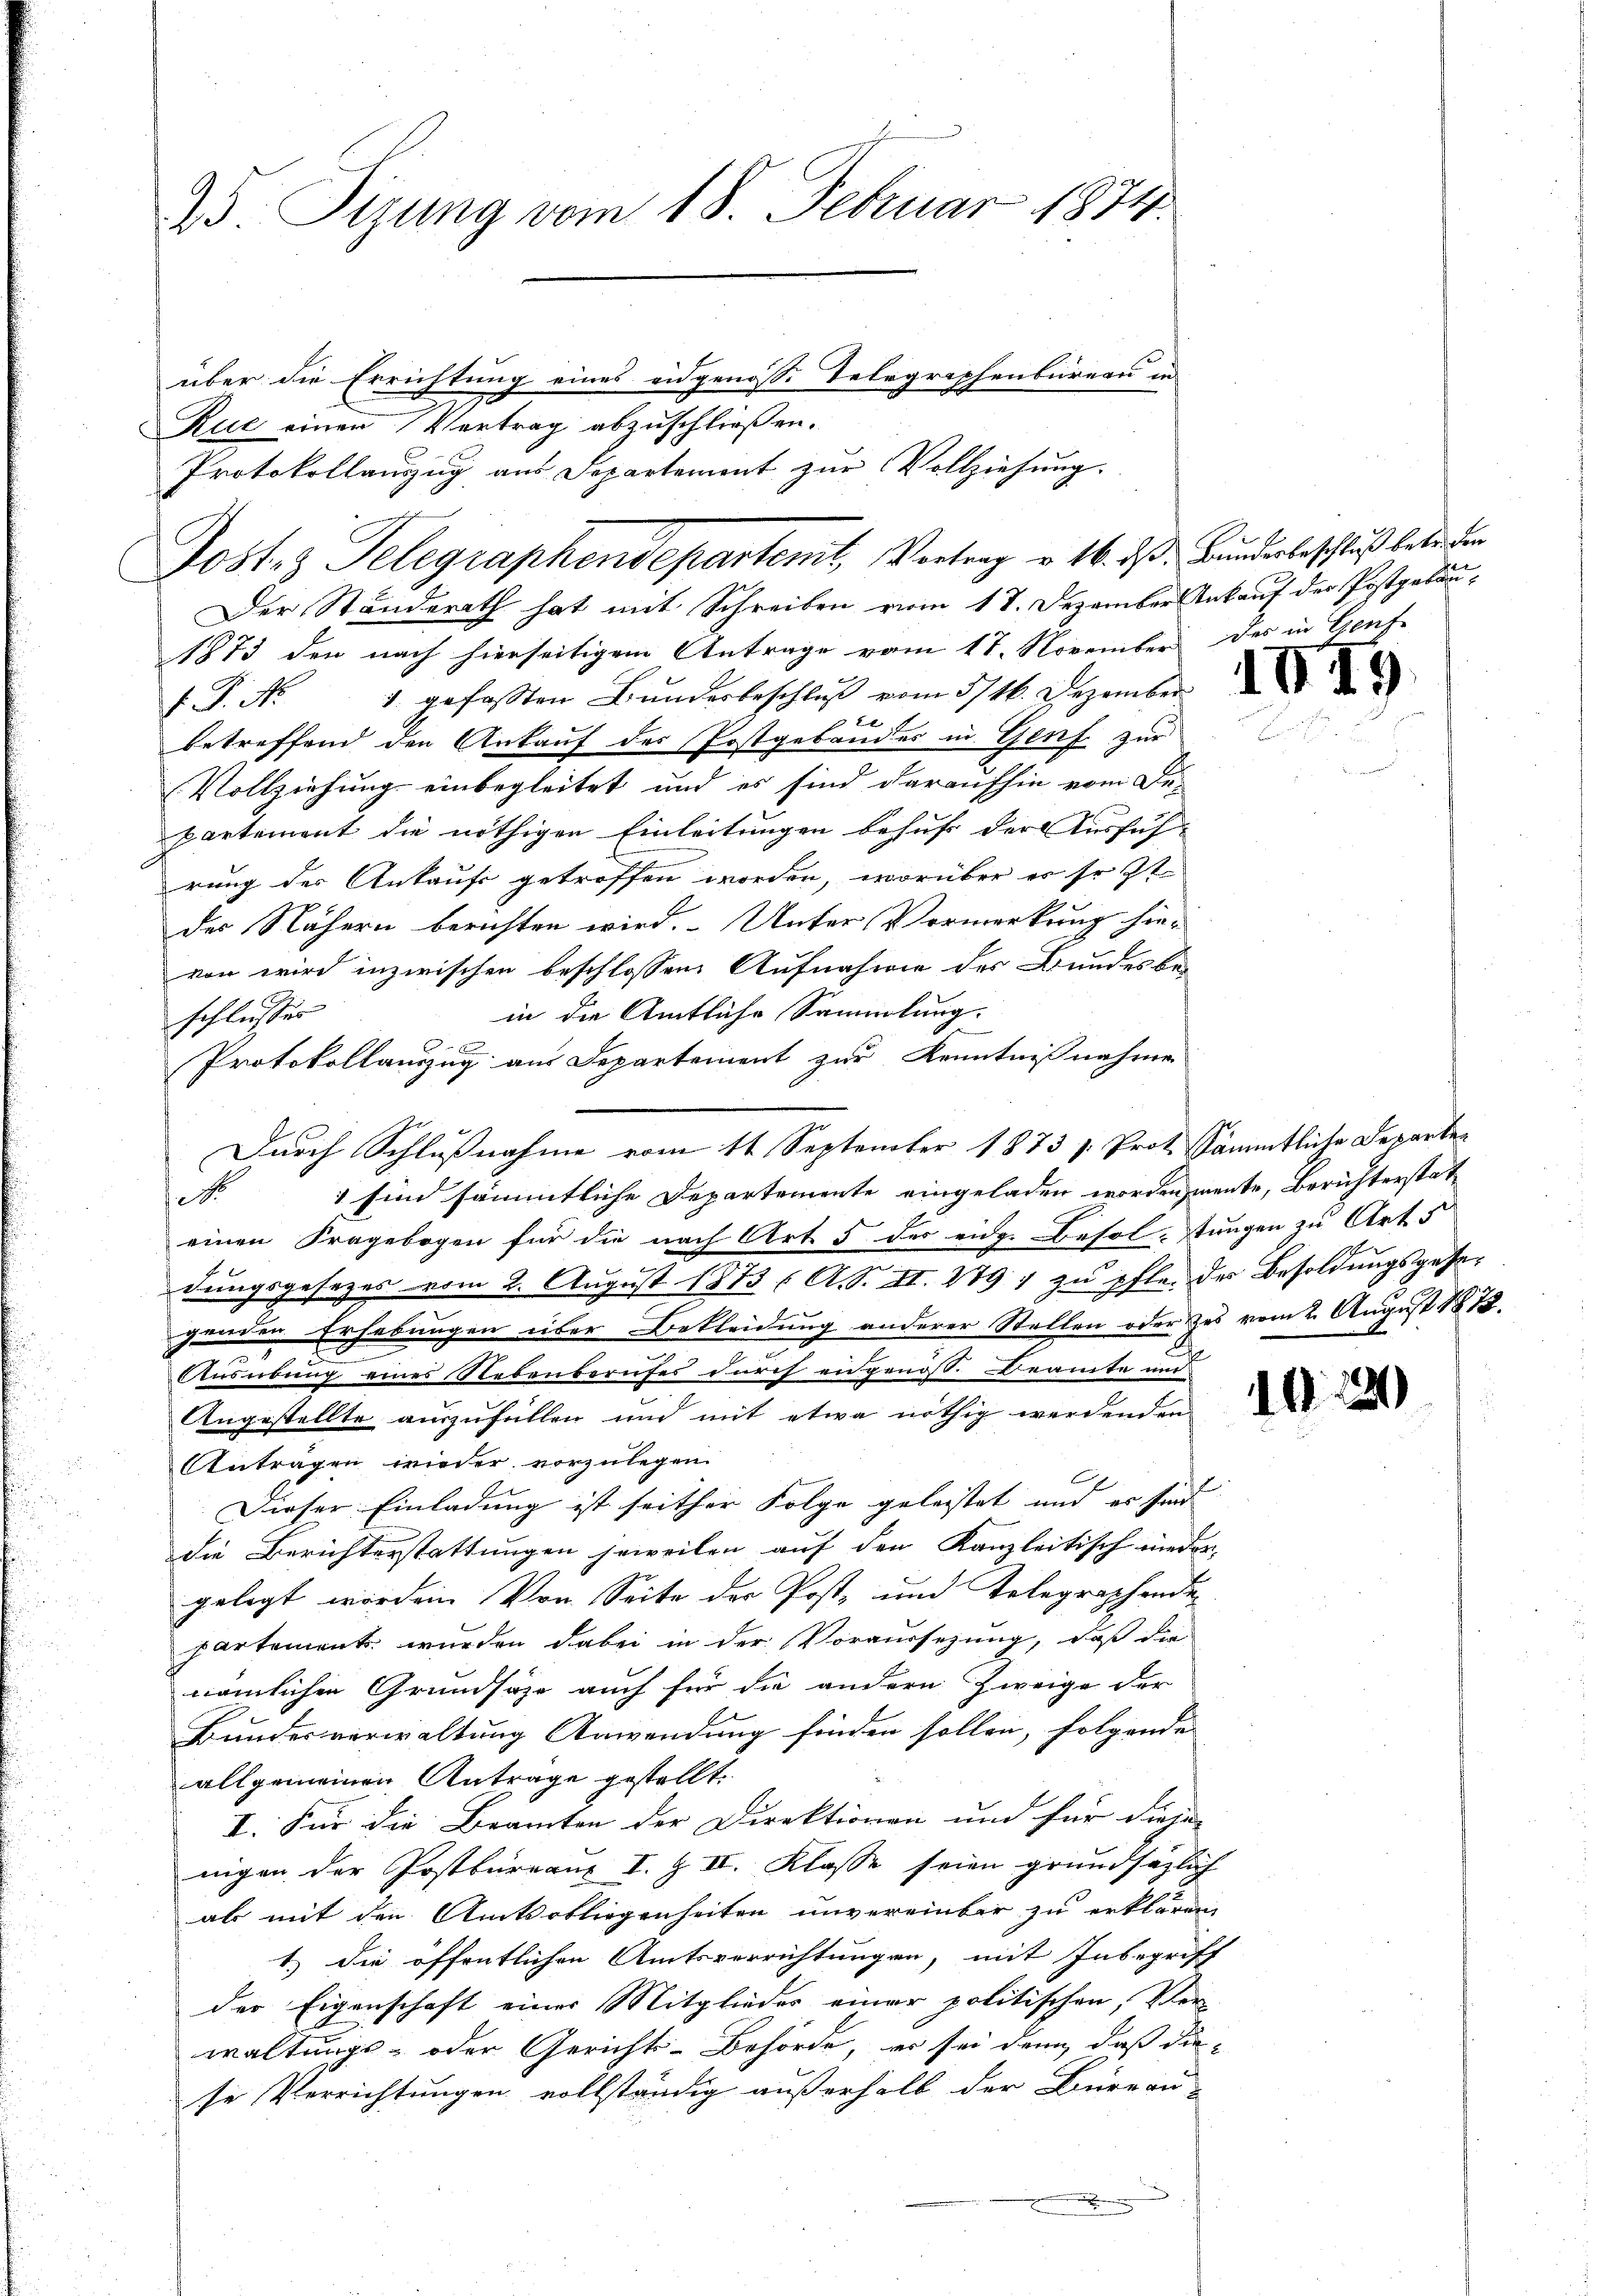
25 Tigung vom 18. Februar 1874.
über die Errichtung eines eidgenosse Telegraphenbüreau in

1873 den nach hierseitigem Antrage vom 11. November des in Genfe
f. P. Nr. 1. gefaßten Bŭnderbeschlŭβ vom 3/16. Dezember
betreffend den Ankauf des Postgebäudes in Genf zur
Vollziehung einbegleitet und es sind daraufhin vom De-
partement die nöthigen Einleitungen behuf der Ausführung der Ankauf getroffen worden, worüber es so st
des Nähern berichten wird. Unter Vormerkung hievon wird inzwischen beschlossene Aufnahme der Bundesbe-
in die Amtliche Sammlung.
schlusser
Protokollanzug aus Departement zur Kenntnißnahme
1 sind sämmtliche Departemente eingeladen worden ente, Berichterstat¬
F
einen Fragebogen für die nach Art. 5 des eidg. Besol-tungen zu Art. 5
dungsgesetzes vom 2. August 1813 (A. S. II. 279 ; zu pflen der Besoldungsgesegenden Erhebungen über Bekleidung anderer Stellen oder zes vom 2. August 1878.
Ausübung eines Nebenberufes durch eidgenöss. Beamte und
Angestellte auszufüllen und mit etwa nöthig werdenden
Antragen wieder vorzulegen.
Dieser Einladung ist seither Folge geleistet und er sind. |
die Berichterstattungen jeweilen auf den Kanzleitisch nieder-
gelegt worden. Von Seite der Post- und Telegraphende
partement wurden dabei in der Voraussezung, daß die
nämlichen Grundsähe auch für die andern Zweige der
Bundesverwaltung Anwendung finden sollen, folgende |
allgemeinen Antrage gestellt.
I. Für die Beamten der Direktionen und für diejen
nigen der Postbüreaus I. Z II. Klasse seien grundsätzlich
als mit den Amtsobliegenheiten unvereinbar zu erklären,
1.) Die öffentlichen Amtsverrichtungen, mit Inbegriff
der Eigenschaft einer Mitglieder einer politischen, Ver-
waltungs- oder Gerichts-Behörde, es sei denn, daß die
se Verrichtungen vollständig außerhalb der Büreau-
n

Rut einen Vertrag abzuschließen.
Postes Telegraphendepartemit, Vortrag v. 16. ds. Bunderbeschluß betr. den
Der Stunderath hat mit Schreiben vom 18. Dezember Ankauf der Postgebau¬

Protokollauszug aus Separtement zur Vollziehung.

Durch Schlußnahme vom 11 September 1873 s. Prot. Sämmtliche Departen